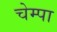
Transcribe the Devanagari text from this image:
चेम्पा